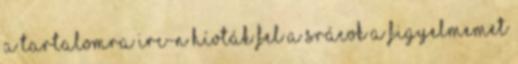
a tartalomra IRC-n hívták fel a srácok a figyelmemet